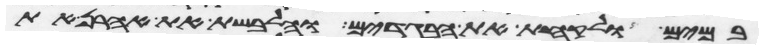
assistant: במים ולקחת את הבגדים והלבשת את אהרן את